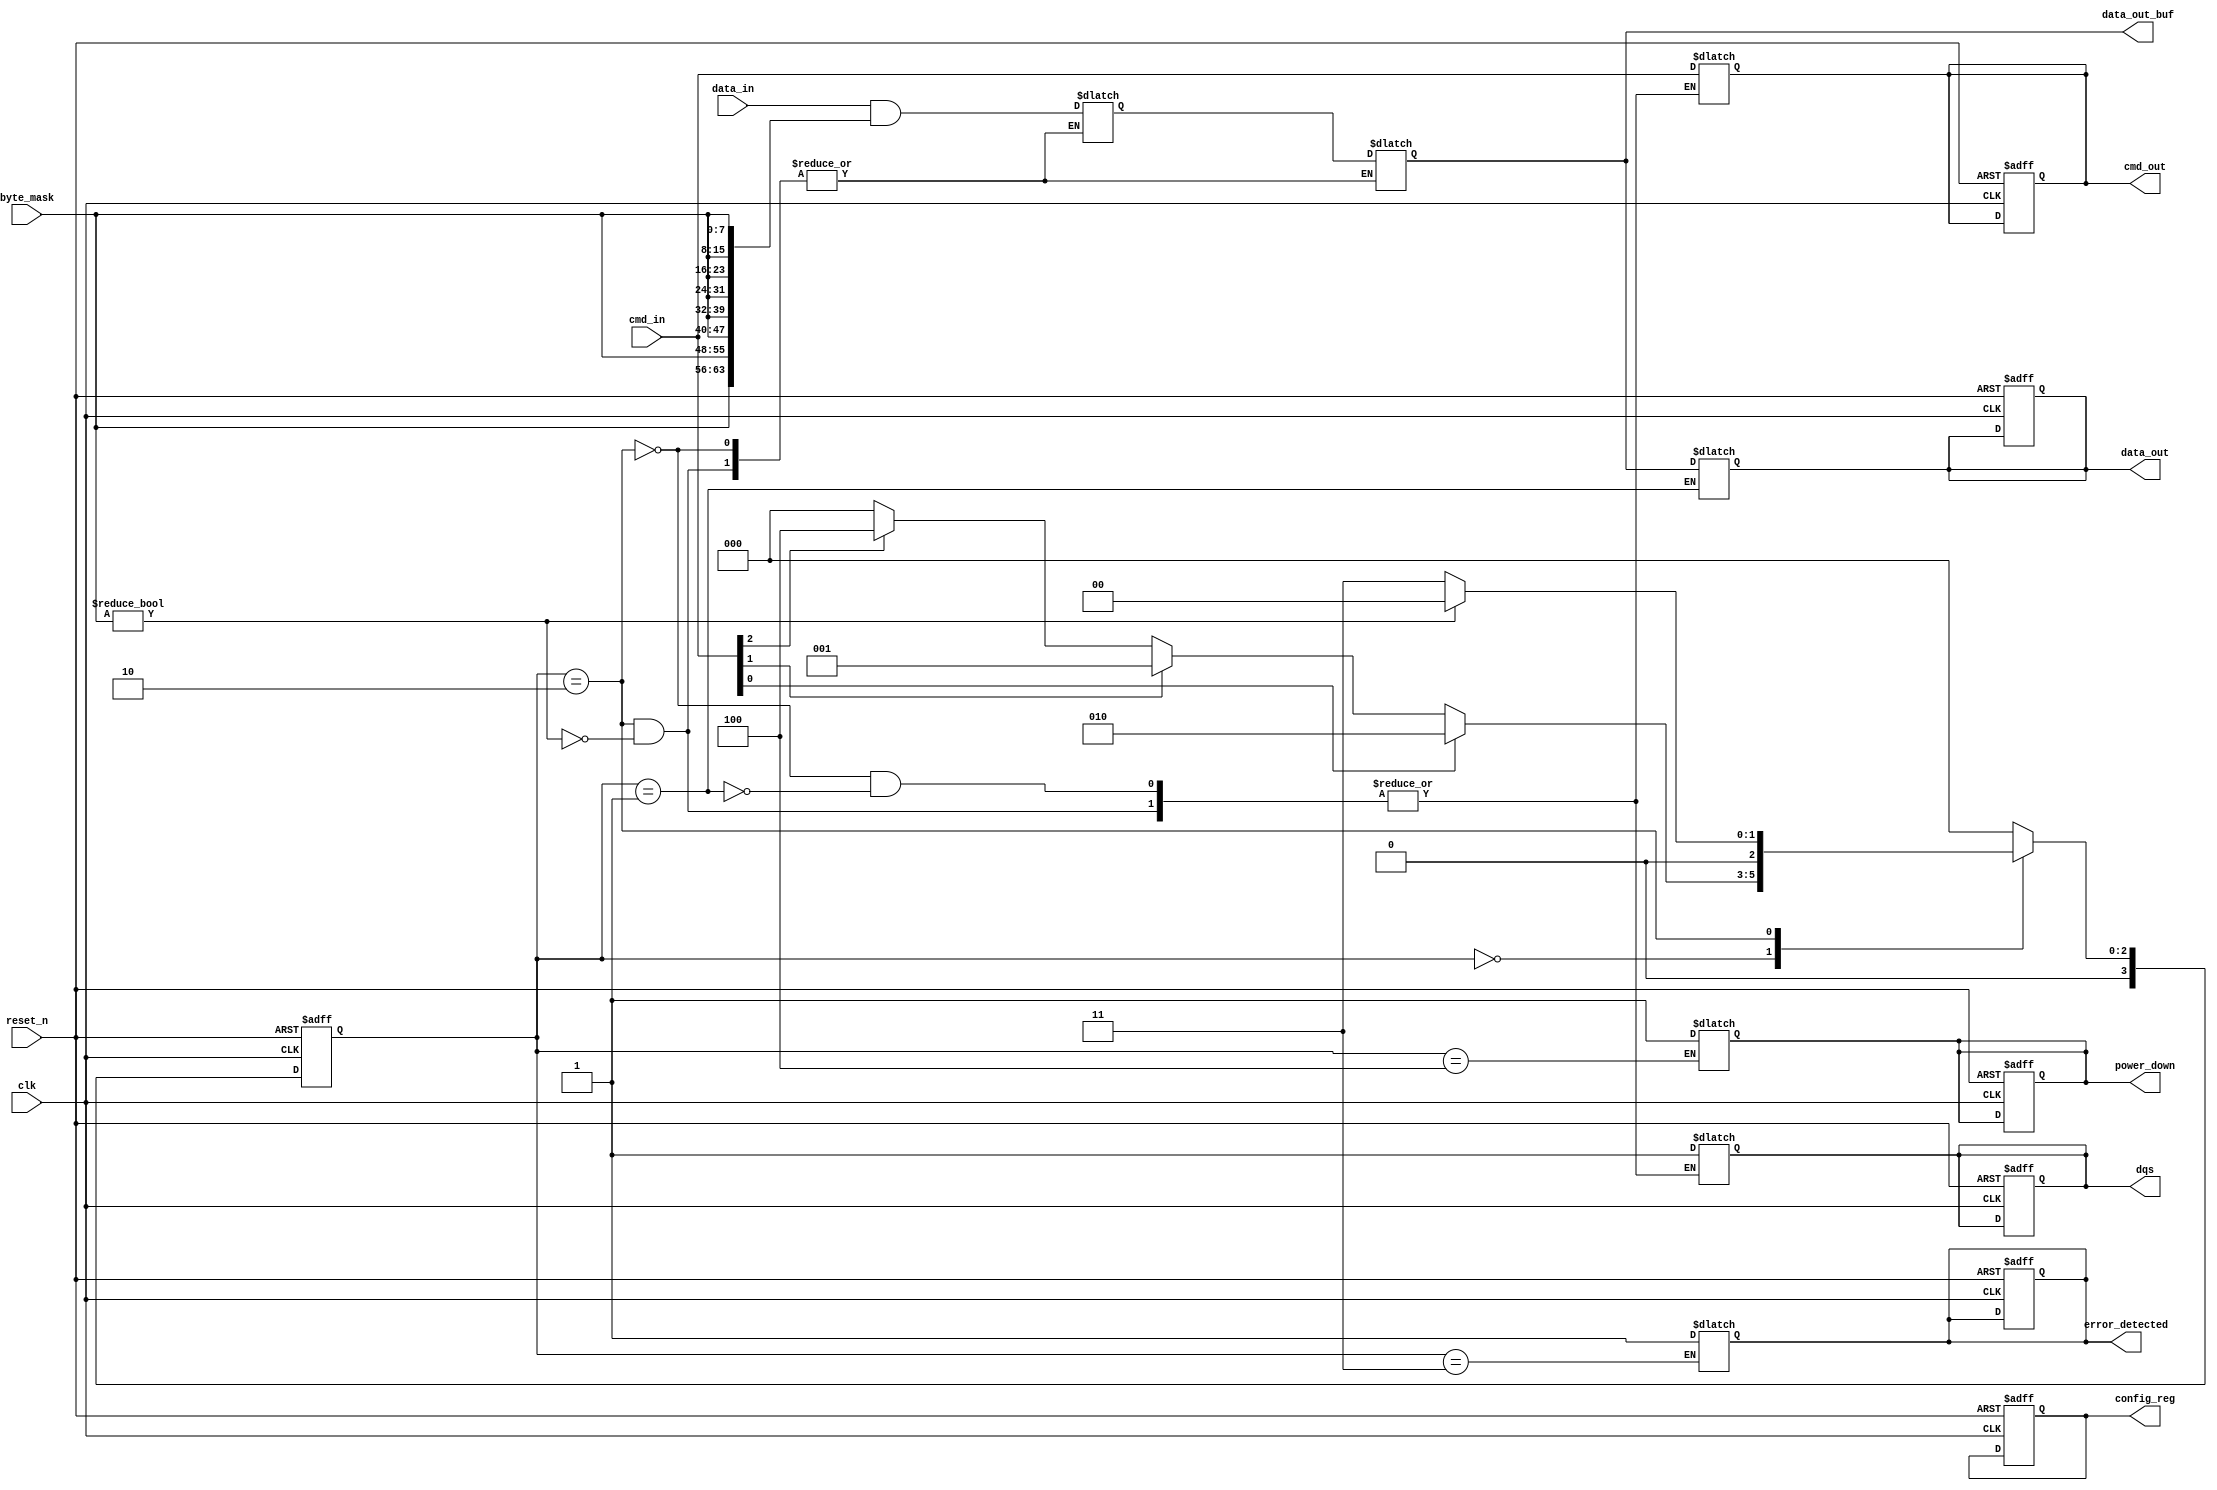
module gddr_io_block (
    input wire clk,                  // Main clock
    input wire reset_n,              // Active low reset
    input wire [63:0] data_in,       // Data input (64 bits)
    input wire [7:0] cmd_in,         // Command input
    input wire [7:0] byte_mask,      // Byte mask for data lanes
    output reg [63:0] data_out,      // Data output (64 bits)
    output reg [7:0] cmd_out,        // Command output
    output reg dqs,                  // Data Strobe
    output reg [63:0] data_out_buf,  // Output buffer for data
    output reg error_detected,        // Error detection flag
    output reg power_down,           // Power down control
    output reg [3:0] config_reg      // Configuration register
);

// Internal signals
reg [63:0] data_buffer;              // Buffer for incoming data
reg [7:0] command_buffer;            // Buffer for incoming commands
reg [3:0] state;                     // State machine for control logic
reg [3:0] next_state;                // Next state for control logic

// State encoding
localparam IDLE = 4'b0000,
           READ = 4'b0001,
           WRITE = 4'b0010,
           ERROR = 4'b0011,
           POWER_DOWN = 4'b0100;

// Clock and reset handling
always @(posedge clk or negedge reset_n) begin
    if (!reset_n) begin
        state <= IDLE;
        data_out <= 64'b0;
        cmd_out <= 8'b0;
        dqs <= 1'b0;
        error_detected <= 1'b0;
        power_down <= 1'b0;
        config_reg <= 4'b0000;
    end else begin
        state <= next_state;
    end
end

// State machine for control logic
always @(*) begin
    case (state)
        IDLE: begin
            if (cmd_in[0]) begin // Example command trigger
                next_state = WRITE;
            end else if (cmd_in[1]) begin
                next_state = READ;
            end else if (cmd_in[2]) begin
                next_state = POWER_DOWN;
            end else begin
                next_state = IDLE;
            end
        end
        WRITE: begin
            // Handle write operation
            if (byte_mask != 8'b0) begin
                data_buffer <= data_in & {64{byte_mask}}; // Apply byte mask
                data_out_buf <= data_buffer; // Store data in output buffer
                cmd_out <= cmd_in; // Pass command
                dqs <= 1'b1; // Assert DQS
                next_state = IDLE; // Return to IDLE after write
            end else begin
                next_state = ERROR; // Error if no byte is selected
            end
        end
        READ: begin
            // Handle read operation
            data_out <= data_out_buf; // Output buffered data
            cmd_out <= cmd_in; // Pass command
            dqs <= 1'b1; // Assert DQS
            next_state = IDLE; // Return to IDLE after read
        end
        POWER_DOWN: begin
            power_down <= 1'b1; // Enter power down mode
            next_state = IDLE; // Return to IDLE
        end
        ERROR: begin
            error_detected <= 1'b1; // Set error flag
            next_state = IDLE; // Return to IDLE
        end
        default: next_state = IDLE; // Default to IDLE
    endcase
end

// Additional logic for error detection, ECC, and other features can be added here.

endmodule